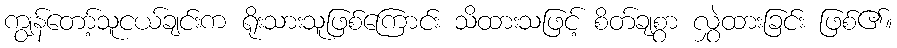
ကျွန်တော့်သူငယ်ချင်းက ရိုးသားသူဖြစ်ကြောင်း သိထားသဖြင့် စိတ်ချစွာ လွှဲထားခြင်း ဖြစ်၏။